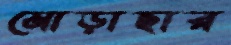
মোড়াছার